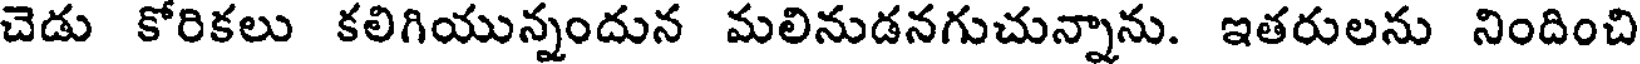
చెడు కోరికలు కలిగియున్నందున మలినుడనగుచున్నాను. ఇతరులను నిందించి